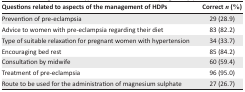
<table><thead><tr><td><b>Questions related to aspects of the management of HDPs</b></td><td><b>Correct <i>n</i> (%)</b></td></tr></thead><tbody><tr><td>Prevention of pre-eclampsia</td><td>29 (28.9)</td></tr><tr><td>Advice to women with pre-eclampsia regarding their diet</td><td>83 (82.2)</td></tr><tr><td>Type of suitable relaxation for pregnant women with hypertension</td><td>34 (33.7)</td></tr><tr><td>Encouraging bed rest</td><td>85 (84.2)</td></tr><tr><td>Consultation by midwife</td><td>60 (59.4)</td></tr><tr><td>Treatment of pre-eclampsia</td><td>96 (95.0)</td></tr><tr><td>Route to be used for the administration of magnesium sulphate</td><td>27 (26.7)</td></tr></tbody></table>